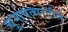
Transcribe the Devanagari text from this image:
चूनापत्थरटीले